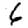
Digit: 6